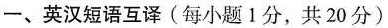
一、英汉短语互译(每小题1分，共20分)